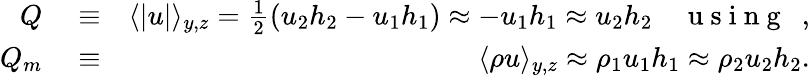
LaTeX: \begin{array}{rlr}{Q}&{{}\equiv}&{\langle|u|\rangle_{y,z}=\frac{1}{2}(u_{2}h_{2}-u_{1}h_{1})\approx-u_{1}h_{1}\approx u_{2}h_{2}\quad\mathrm{~u~s~i~n~g~}\ \ ,}\\ {Q_{m}}&{{}\equiv}&{\langle\rho u\rangle_{y,z}\approx\rho_{1}u_{1}h_{1}\approx\rho_{2}u_{2}h_{2}.}\end{array}